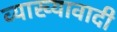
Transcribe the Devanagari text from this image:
व्याख्यावादी